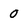
Character: 0